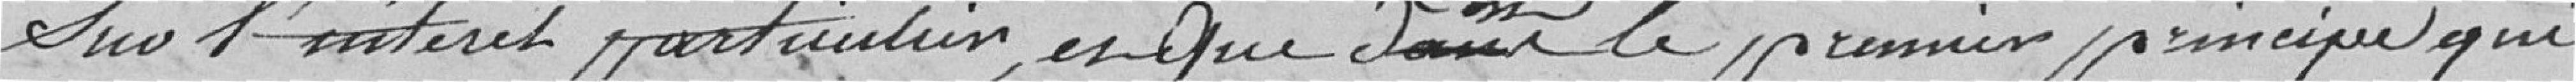
sur l'intérêt particulier, et que c'est le premier principe qui